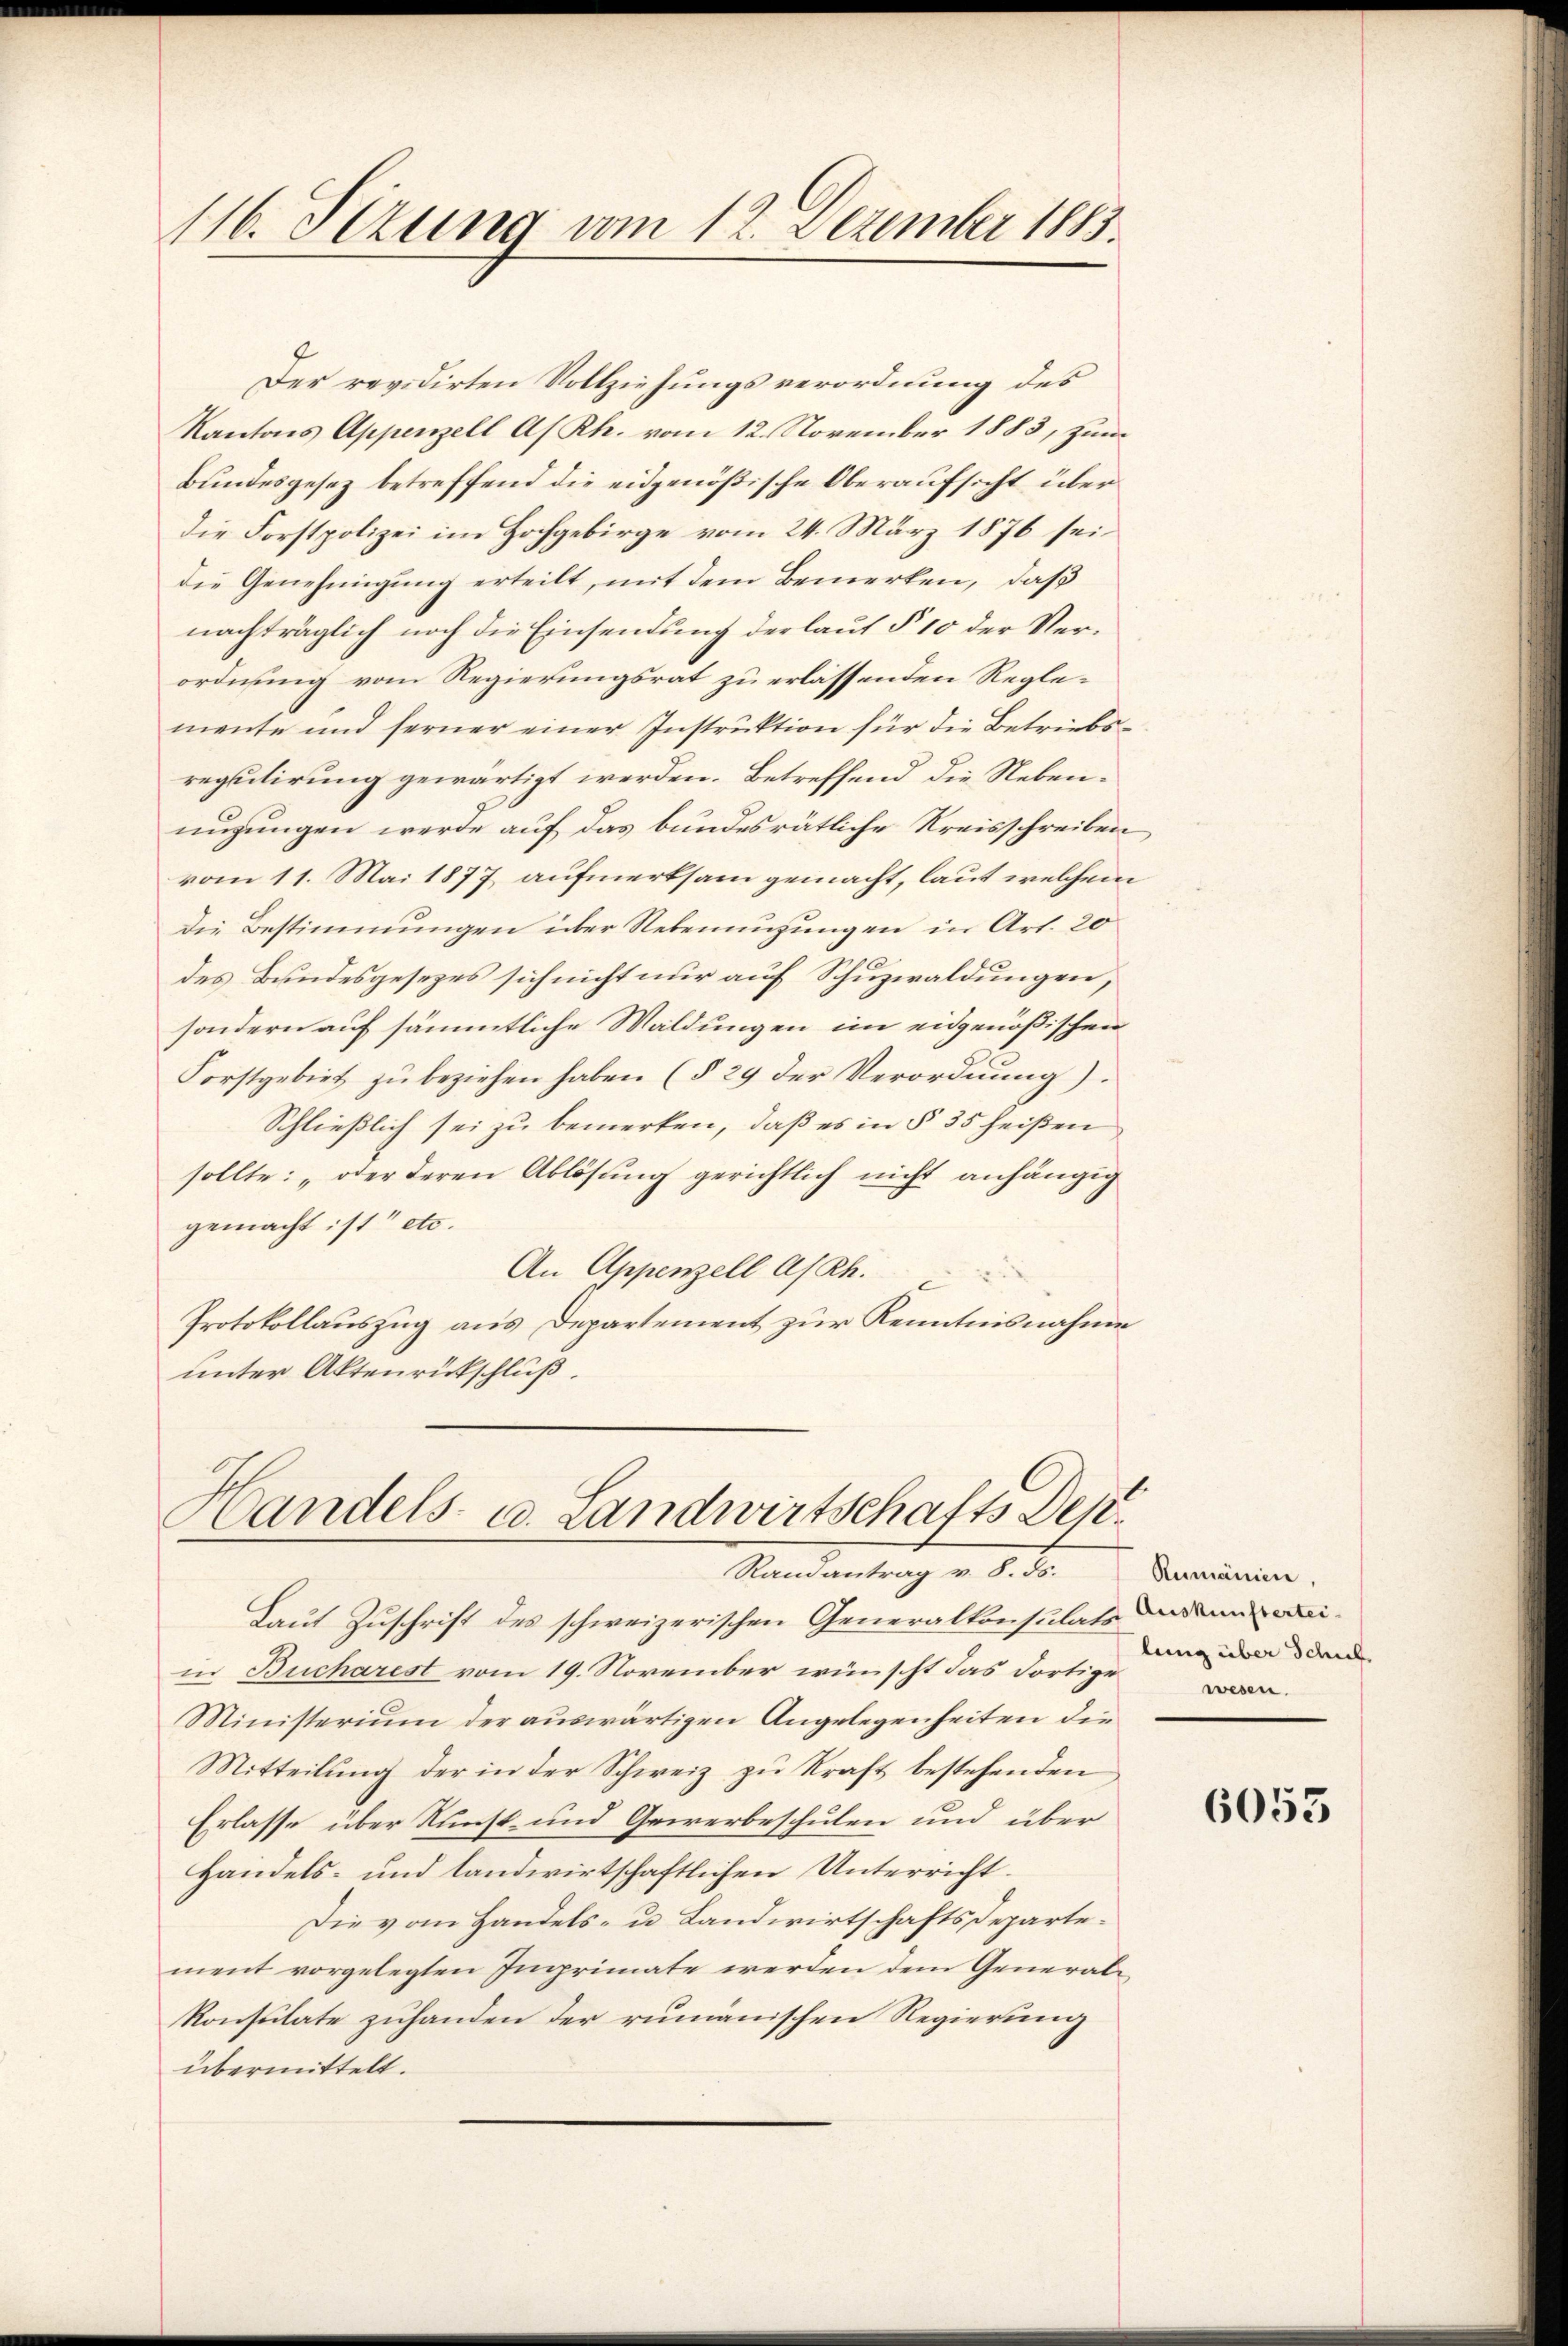
116. Jezung vom 12. Dezember 1883.

Der revidirten Vollziehungsverordnung des
Kantons Appenzell As Rh. vom 12. November 1883, zum
Bundesgesez betreffend die eidgenößische Oberaufsicht über
die Forstpolizei im Hochgebirge vom 24. März 1876 sei
die Genehmigung erteilt, mit dem Bemerken, daß
nachträglich noch die Einsendung der laut § 10 der Verordnung vom Regierungsrat zu erlassenden Reglemente und ferner einer Instruktion für die Betriebsregulirung gewärtigt werden. Betreffend die Neben¬
C
nigungen werde auf das bundesrätliche Kreisschreiben
vom 11. Mai 1877 aufmerksam gemacht, laut welchem
die Bestimmungen über Rebeneigungen in Art. 20
des Bundesgesezes sich nicht nur auf Schuzwaldungen,
sondern auf sämmtliche Waldungen im eidgenößischen
Forstgebiet zŭ beziehen haben (§ 29 der Verordnung).
Schließlich sei zu bemerken, daß es in § 35 heißen
sollte: „oder deren Ablösung gerichtlich nicht anhängig
gemacht ist etc.
An Appenzell A/Rh.
Protokollauszug aus Departement zur Kenntnisnahme
unter Aktenrückschluß.

Handels- u. Landwirtschafts Dep
Randantrag v. 8. ds. Rumänien,

Laut Zuschrift des schweizerischen Generalkonsulats dem weiin Bucharest vom 19. November wünscht das dortige
Ministerium der auswärtigen Angelegenheiten die
Mitteilung der in der Schweiz zu Kraft bestehenden
Erlasse über Kunst und Gewerbeschulen und über
Handels- und landwirtschaftlichen Unterricht.
Die vom Handels- u. Landwirtschaftsdepartement vorgelegten Imprimate werden dem Generalkonsulate zuhanden der rumänischen Regierung
übermittelt.

lung über Schul
wesen.

6053